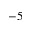
- 5